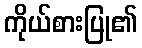
ကိုယ်စားပြု၏